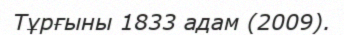
Тұрғыны 1833 адам (2009).